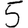
Digit: 5